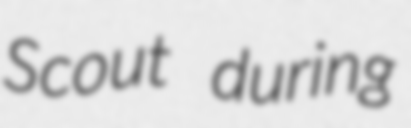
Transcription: Scout during